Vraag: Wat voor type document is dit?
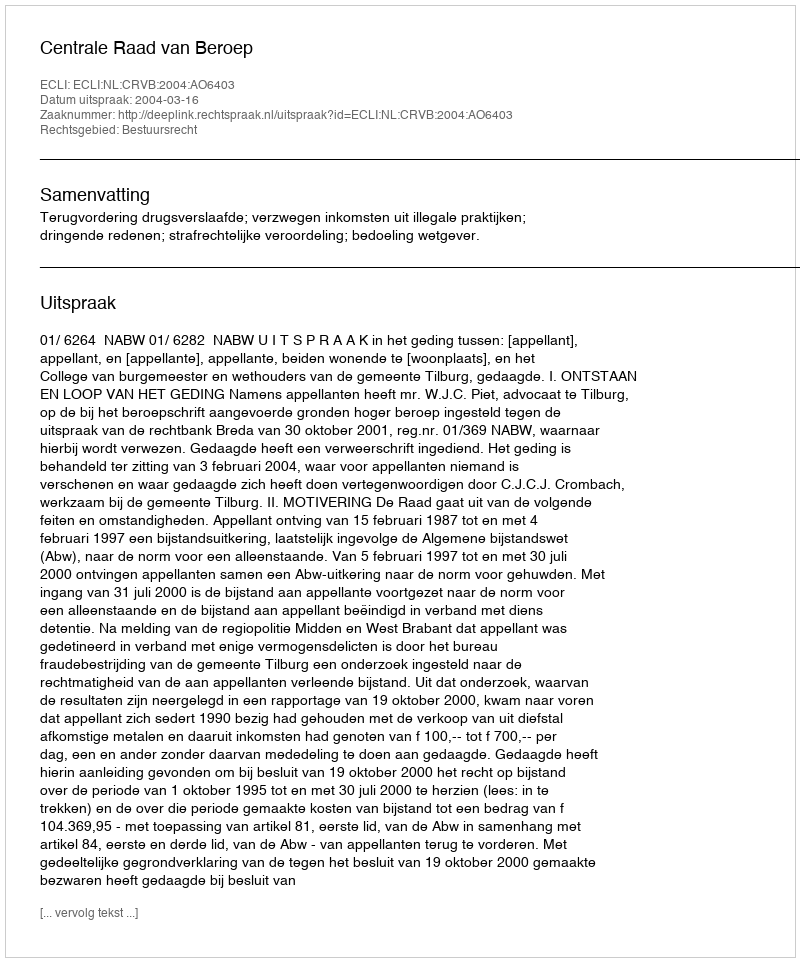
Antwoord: Uitspraak